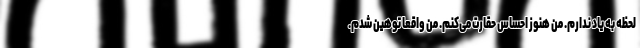
لحظه به یاد ندارم. من هنوز احساس حقارت می‌کنم. من واقعا توهین شدم.